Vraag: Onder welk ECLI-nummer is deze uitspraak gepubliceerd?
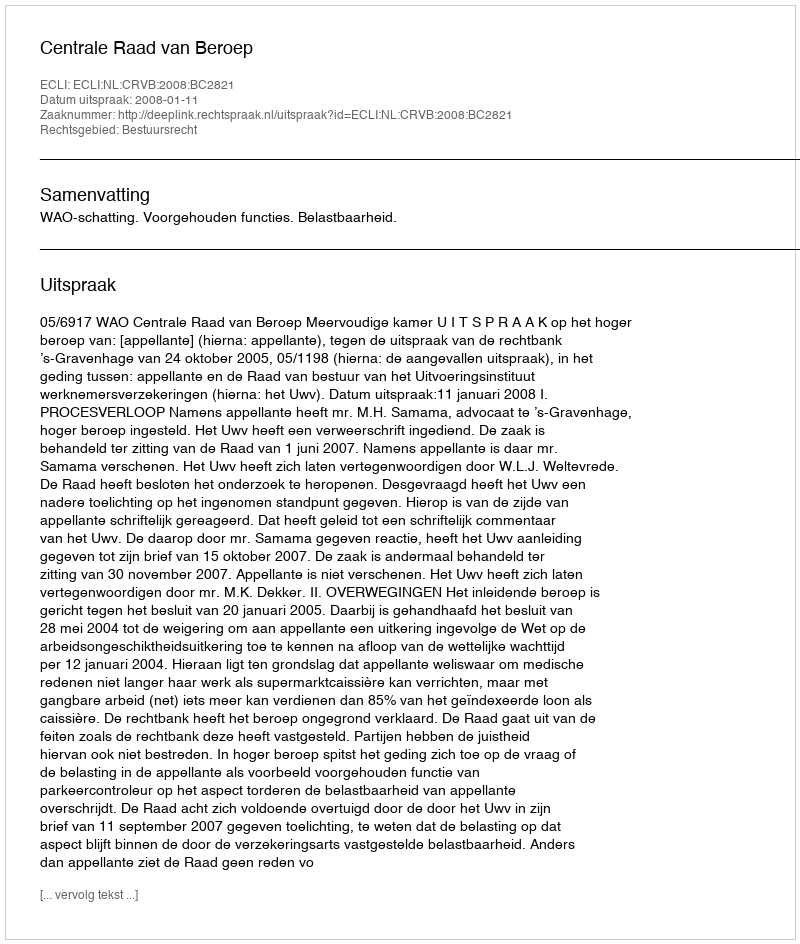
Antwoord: ECLI:NL:CRVB:2008:BC2821